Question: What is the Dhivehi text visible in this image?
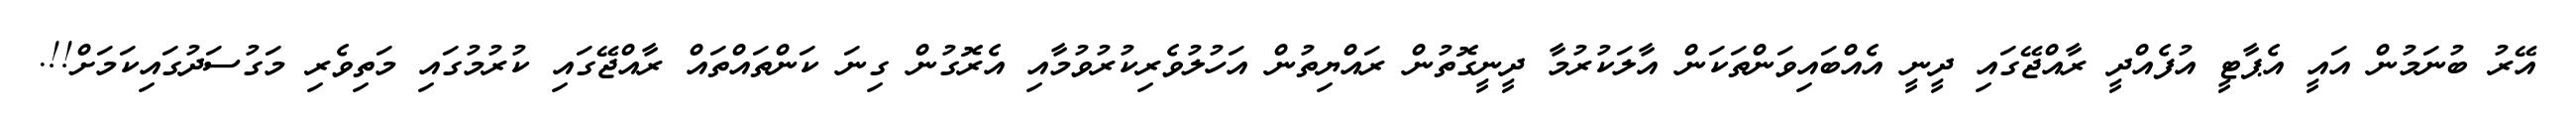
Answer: އޭރު ބުނަމުން އައީ އެޕާޓީ އުފެއްދީ ރާއްޖޭގައި ދީނީ އެއްބައިވަންތަކަން އާލަކުރުމާ ދީނީގޮތުން ރައްޔިތުން އަހުލުވެރިކުރުވުމާއި އެރޮގުން ގިނަ ކަންތައްތައް ރާއްޖޭގައި ކުރުމުގައި މަތިވެރި މަގުސަދުގައިކަމަށް!!.